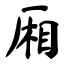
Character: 厢